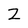
Character: Z